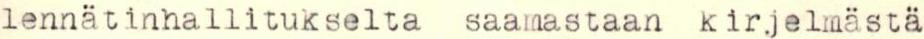
lennätinhallitukselta saamastaan kirjelmästä